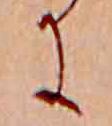
に